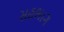
સહભાગ